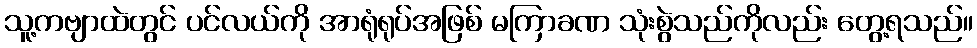
သူ့ကဗျာထဲတွင် ပင်လယ်ကို အာရုံရုပ်အဖြစ် မကြာခဏ သုံးစွဲသည်ကိုလည်း တွေ့ရသည်။